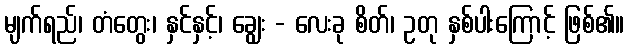
မျက်ရည်၊ တံတွေး၊ နှင်နှင့်၊ ချွေး - လေးခု စိတ်၊ ဥတု နှစ်ပါးကြောင့် ဖြစ်၏။